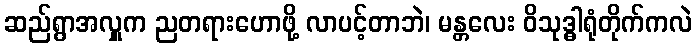
ဆည်ရွာအလှူက ညတရားဟောဖို့ လာပင့်တာဘဲ၊ မန္တလေး ဝိသုဒ္ဓါရုံတိုက်ကလဲ